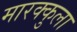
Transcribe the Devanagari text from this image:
मारक्कुला